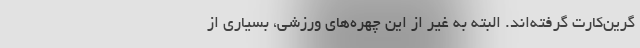
گرین‌کارت گرفته‌اند. البته به غیر از این چهره‌های ورزشی، بسیاری از